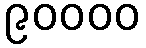
၉၀၀၀၀